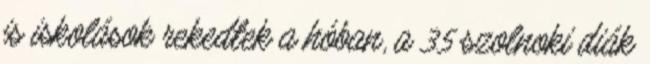
is iskolások rekedtek a hóban, a 35 szolnoki diák